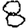
Digit: 8